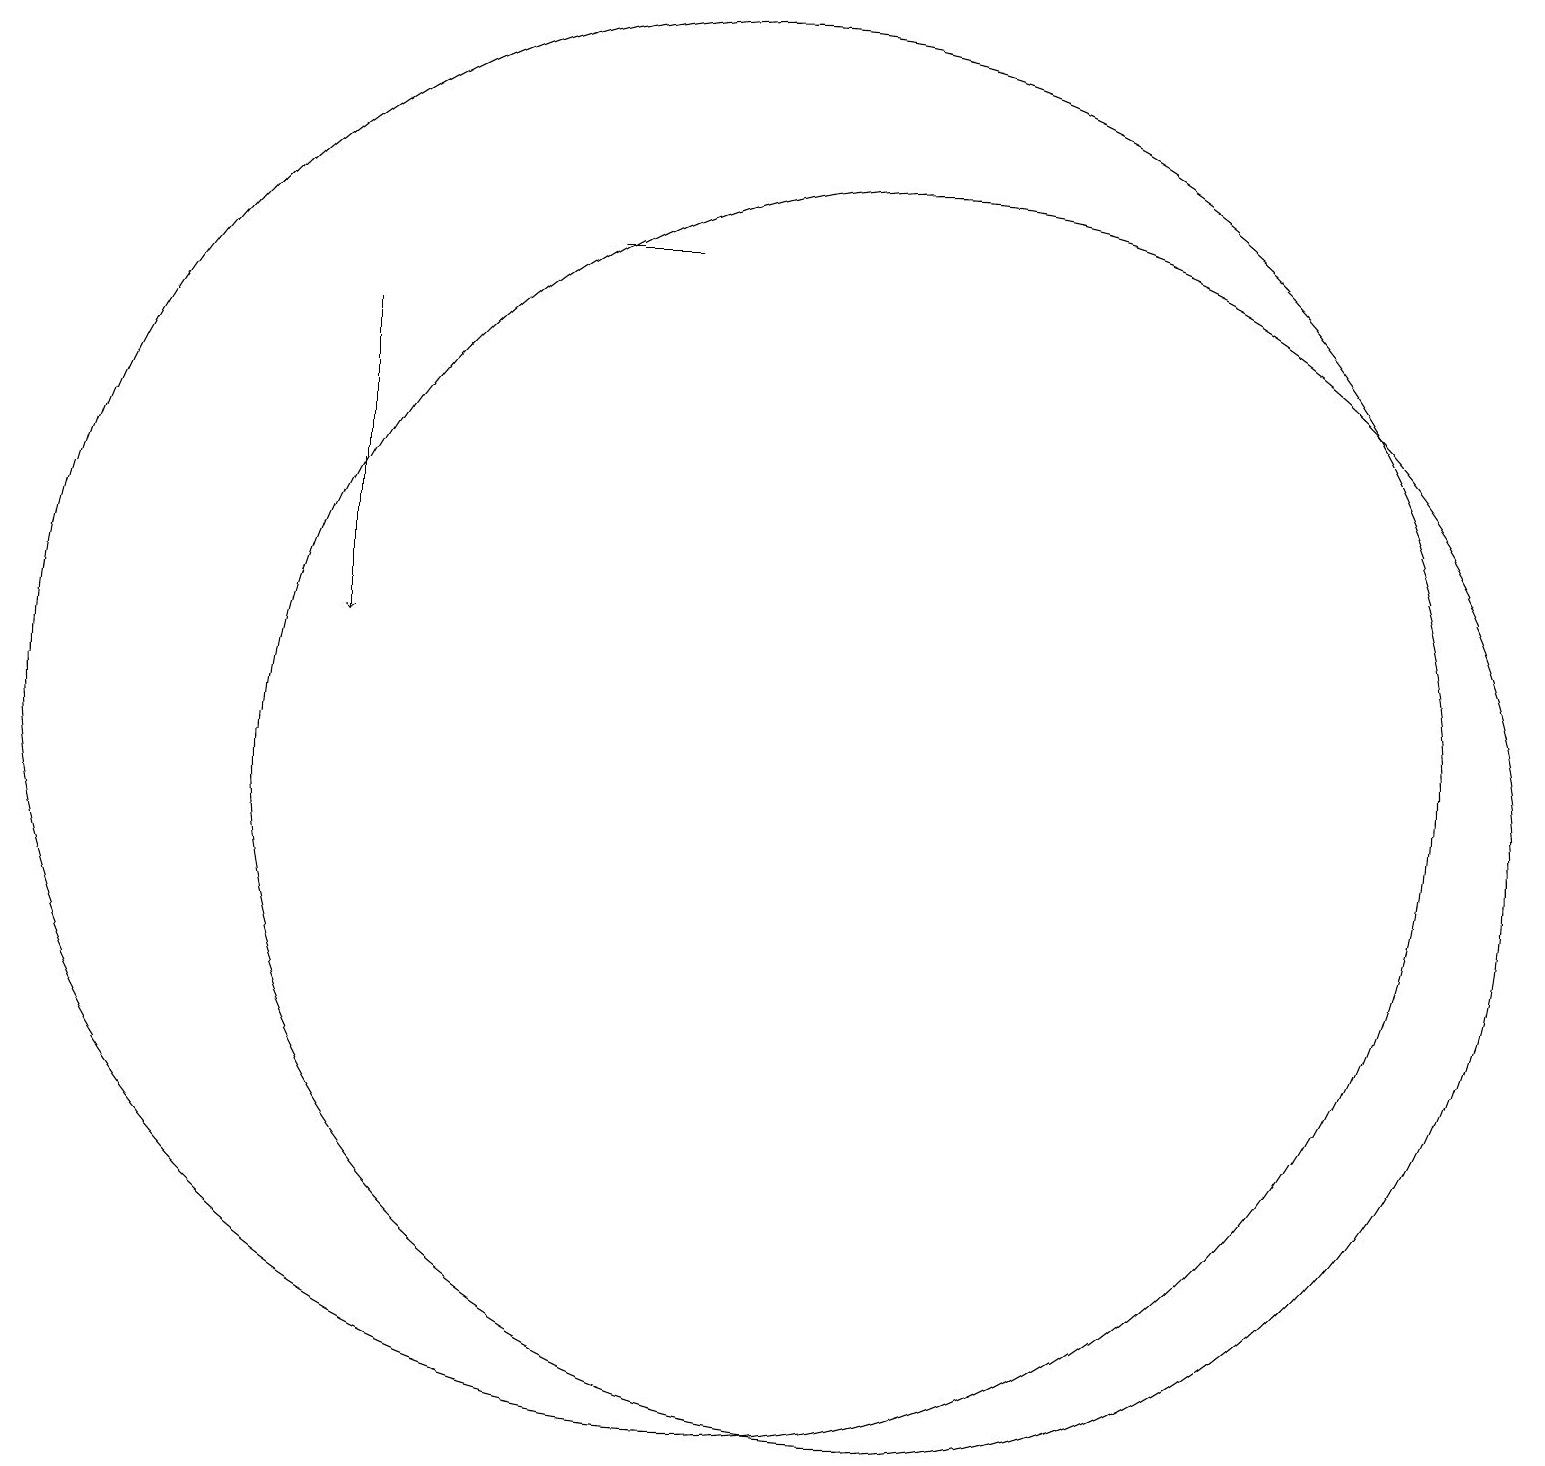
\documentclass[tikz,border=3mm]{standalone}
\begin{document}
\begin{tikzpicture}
\draw (12,11) circle (8);
\draw (10,12) circle (9);
\draw (9,18) rectangle (8,18);
\draw[->] (5,17) -- (5,13);
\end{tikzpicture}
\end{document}